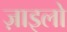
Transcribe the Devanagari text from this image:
ज़ाइलो